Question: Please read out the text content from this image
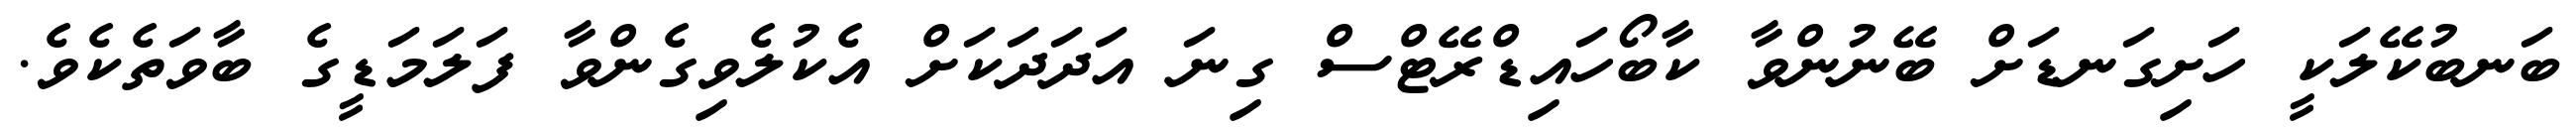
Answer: ބަނބުކޭލަކީ ހަށިގަނޑަށް ބޭނުންވާ ކާބޯހައިޑްރޭޓްސް ގިނަ އަދަދަކަށް އެކުލެވިގެންވާ ފަލަމަޑީގެ ބާވަތެކެވެ.